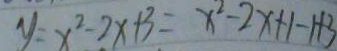
y = x ^ { 2 } - 2 x + 3 = x ^ { 2 } - 2 x + 1 - 1 + 3